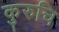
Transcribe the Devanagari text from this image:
कुरुचि